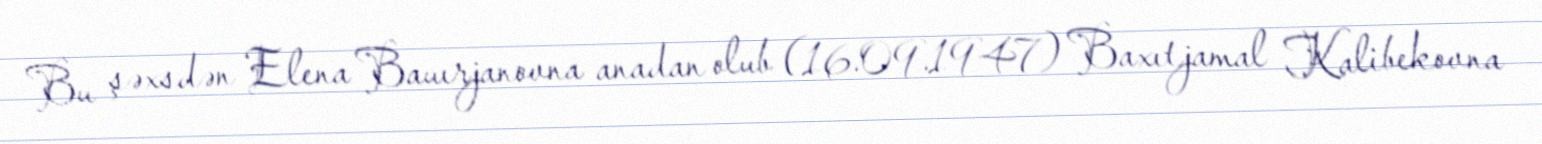
Bu şəxsdən Elena Bauırjanovna anadan olub (16.09.1947) Baxıtjamal Kalibekovna